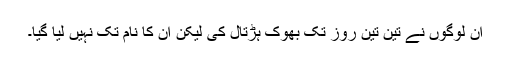
ان لوگوں نے تین تین روز تک بھوک ہڑتال کی لیکن ان کا نام تک نہیں لیا گیا۔